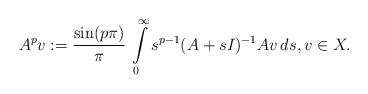
LaTeX: \begin{align*} A^p v:= \frac{\sin(p\pi)}{\pi}\,\int \limits_0^\infty s^{p-1}(A+sI)^{-1}Av\, ds, v \in X.\end{align*}